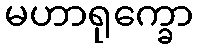
မဟာရုက္ခော